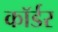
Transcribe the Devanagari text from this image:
कॉर्डर